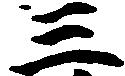
三